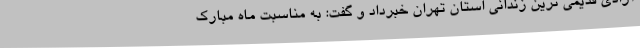
آزادی قدیمی ترین زندانی استان تهران خبرداد و گفت: به مناسبت ماه مبارک